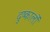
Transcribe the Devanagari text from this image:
दुष्कालों